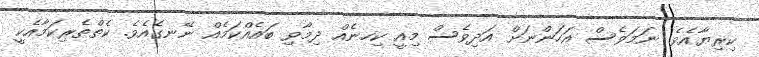
ކިރިޔާއެވެ. ނަމަވެސް އަހަންނަށް އަދިވެސް މިއީ ކިހނެއް ދިމާވި ބައެއްކަމެއް ނޭނގެއެވެ. ކެތްތެރިކަމާއެކީ